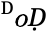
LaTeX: ^\mathfrak{Ḋ}oḌ